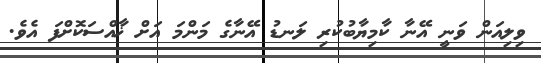
ވިލިއަން ވަނީ އޭނާ ކާމިޔާބުކުރި ލަނޑު އޭނާގެ މަންމަ އަށް ޚާއްސަކޮށްފަ އެވެ.